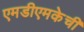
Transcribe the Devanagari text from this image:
एमडीएमकेची